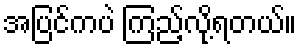
အပြင်ကပဲ ကြည့်လို့ရတယ်။